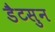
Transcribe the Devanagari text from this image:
डैटसुन